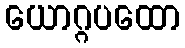
ယောဂ္ဂပထော